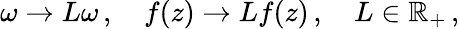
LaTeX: \omega\rightarrow L\omega\, ,\quad f(z)\rightarrow Lf(z)\, ,\quad L\in\mathbb{R}_{+}\, ,